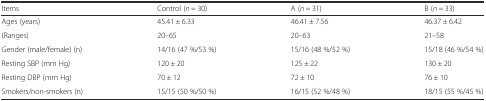
| Items | Control (n = 30) | A (n = 31) | B (n = 33) |
 | --- | --- | --- | --- |
 | Ages (years) | 45.41 ± 6.33 | 46.41 ± 7.56 | 46.37 ± 6.42 |
 | (Ranges) | 20–65 | 20–63 | 21–58 |
 | Gender (male/female) (n) | 14/16 (47 %/53 %) | 15/16 (48 %/52 %) | 15/18 (46 %/54 %) |
 | Resting SBP (mm Hg) | 120 ± 20 | 125 ± 22 | 130 ± 20 |
 | Resting DBP (mm Hg) | 70 ± 12 | 72 ± 10 | 76 ± 10 |
 | Smokers/non-smokers (n) | 15/15 (50 %/50 %) | 16/15 (52 %/48 %) | 18/15 (55 %/45 %) |